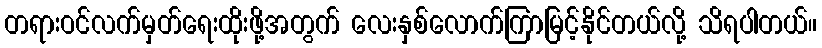
တရားဝင်လက်မှတ်ရေးထိုးဖို့အတွက် လေးနှစ်လောက်ကြာမြင့်နိုင်တယ်လို့ သိရပါတယ်။